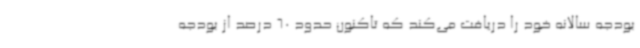
بودجه سالانه خود را دریافت می‌کند که تاکنون حدود 60 درصد از بودجه